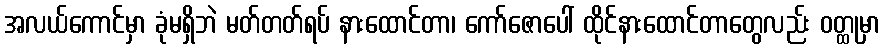
အလယ်ကောင်မှာ ခုံမရှိဘဲ မတ်တတ်ရပ် နားထောင်တာ၊ ကော်ဇောပေါ် ထိုင်နားထောင်တာတွေလည်း ဝတ္ထုမှာ